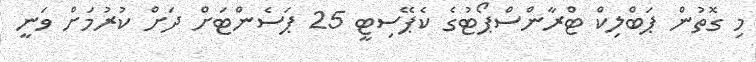
މި ގޮތުން ޕަބްލިކް ޓްރާންސްޕޯޓުގެ ކެޕޭސިޓީ 25 ޕަސެންޓަށް ދަށް ކުރުމަށް ވަނީ